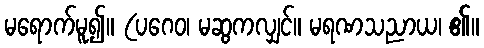
မရောက်မူ၍။ (ပဂေဝ၊ မဆွကလျှင်။ မရဏသညာယ၊ ၏။